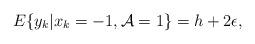
LaTeX: \begin{align*}E\{y_{k} | x_{k} = -1, \mathcal{A} = 1\} = h + 2\epsilon,\end{align*}